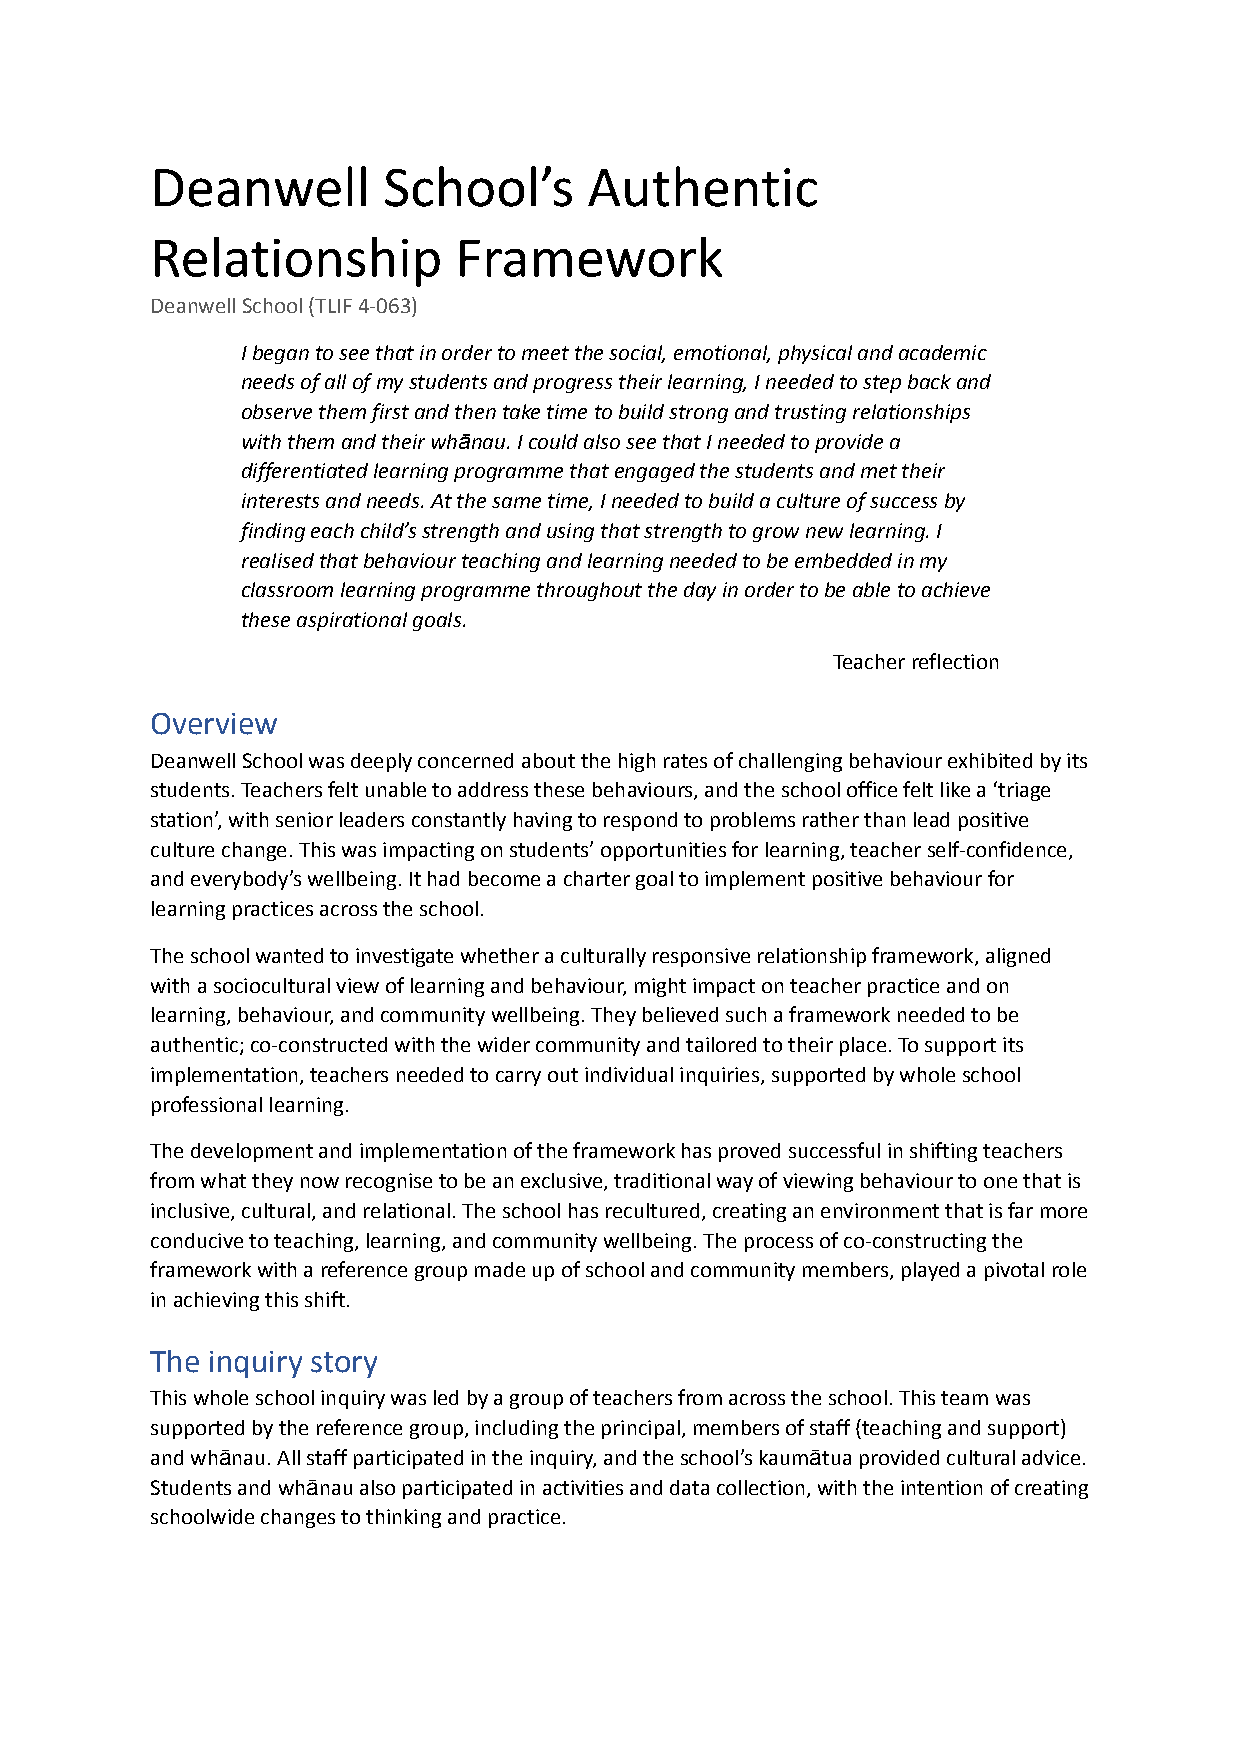
Deanwell       School’s      Authentic
 Relationship        Framework
 Deanwell School (TLIF 4-063)
 I began to see that in order to meet the social, emotional, physical and academic
 needs of all of my students and progress their learning, I needed to step back and
 observe them first and then take time to build strong and trusting relationships
 with them and their whānau. I could also see that I needed to provide a
 differentiated learning programme that engaged the students and met their
 interests and needs. At the same time, I needed to build a culture of success by
 finding each child’s strength and using that strength to grow new learning. I
 realised that behaviour teaching and learning needed to be embedded in my
 classroom learning programme throughout the day in order to be able to achieve
 these aspirational goals.
 Teacher reflection
 Overview
 Deanwell School was deeply concerned about the high rates of challenging behaviour exhibited by its
 students. Teachers felt unable to address these behaviours, and the school office felt like a ‘triage
 station’, with senior leaders constantly having to respond to problems rather than lead positive
 culture change. This was impacting on students’ opportunities for learning, teacher self-confidence,
 and everybody’s wellbeing. It had become a charter goal to implement positive behaviour for
 learning practices across the school.
 The school wanted to investigate whether a culturally responsive relationship framework, aligned
 with a sociocultural view of learning and behaviour, might impact on teacher practice and on
 learning, behaviour, and community wellbeing. They believed such a framework needed to be
 authentic; co-constructed with the wider community and tailored to their place. To support its
 implementation, teachers needed to carry out individual inquiries, supported by whole school
 professional learning.
 The development and implementation of the framework has proved successful in shifting teachers
 from what they now recognise to be an exclusive, traditional way of viewing behaviour to one that is
 inclusive, cultural, and relational. The school has recultured, creating an environment that is far more
 conducive to teaching, learning, and community wellbeing. The process of co-constructing the
 framework with a reference group made up of school and community members, played a pivotal role
 in achieving this shift.
 The inquiry story
 This whole school inquiry was led by a group of teachers from across the school. This team was
 supported by the reference group, including the principal, members of staff (teaching and support)
 and whānau. All staff participated in the inquiry, and the school’s kaumātua provided cultural advice.
 Students and whānau also participated in activities and data collection, with the intention of creating
 schoolwide changes to thinking and practice.